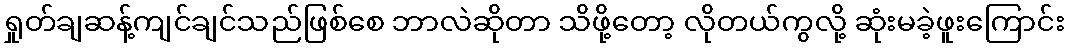
ရှုတ်ချဆန့်ကျင်ချင်သည်ဖြစ်စေ ဘာလဲဆိုတာ သိဖို့တော့ လိုတယ်ကွလို့ ဆုံးမခဲ့ဖူးကြောင်း